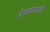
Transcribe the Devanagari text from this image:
द्वेषप्रयत्नाश्चेति